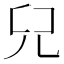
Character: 𠒂